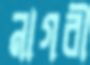
নাগরী